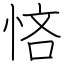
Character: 悋